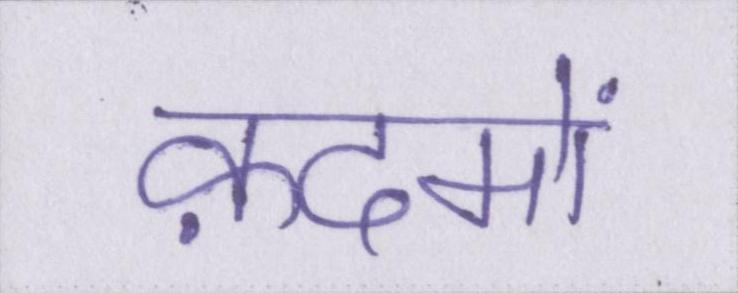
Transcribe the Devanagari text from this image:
क़दमों